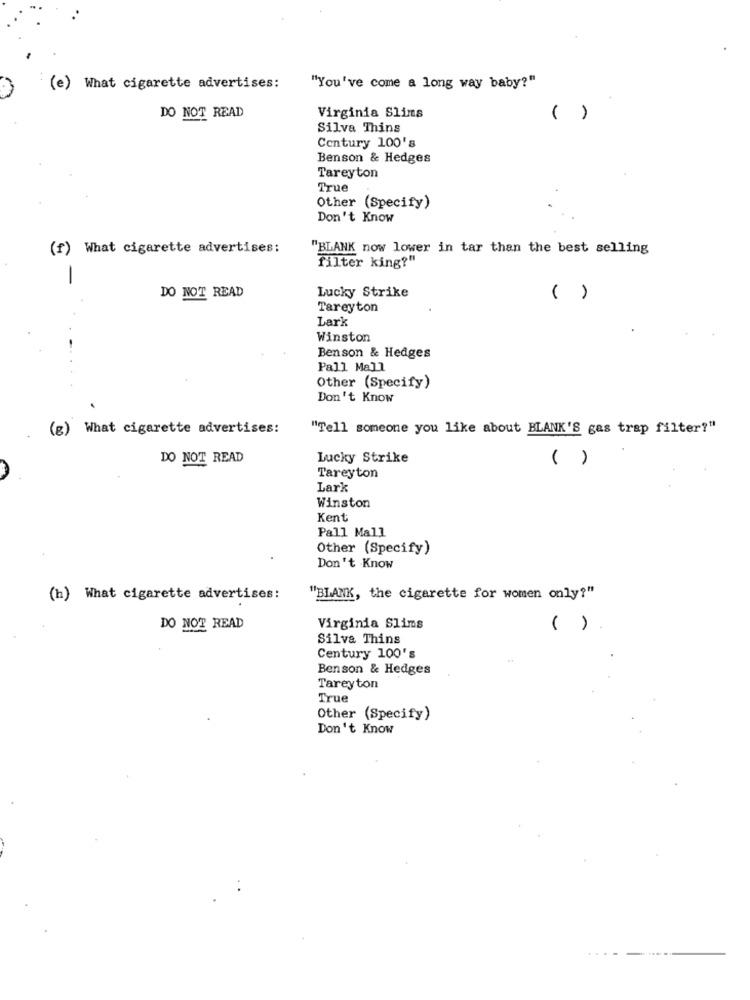
(e)
What cigarette advertises:
"You've come a long way baby?"
DO NOT READ
Virginia Slims
( )
Silva Thins
Century 100's
Benson & Hedges
Tareyton
True
Other (Specify)
Don't Know
(f) What cigarette advertises:
"BLANK now lower in tar than the best selling
filter king?"
-
Lucky Strike
DO NOT READ
( )
Tareyton
Lark
Winston
Benson & Hedges
Pall Mall
Other (Specify)
Don't Know
(g) What cigarette advertises:
"Tell someone you like about BLANK'S gas trap filter?"
DO NOT READ
Lucky Strike
( )
Tareyton
Lark
Winston
Kent
Pall Mall
Other (Specify)
Don't Know
(h) What cigarette advertises:
"BLANK, the cigarette for women only?"
DO NOT READ
Virginia Slims
( )
Silva Thins
Century 100's
Benson & Hedges
Tareyton
True
Other (Specify)
Don't Know